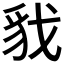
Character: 𮙦